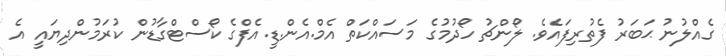
ގެއްލުނު ޙަބަރު ފެތުރިފައެވެ. ލޯންޗު ހޯދުމުގެ މަސައްކަތް އެމް.އެން.ޑީ.އެފްގެ ކޯސްޓްގާޑުން ކުރަމުންދިޔައީ އެ